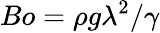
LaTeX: Bo=\rho g\lambda^{2}/\gamma